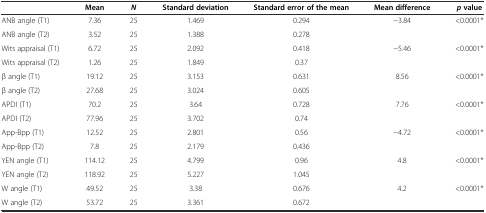
|  | Mean | N | Standard deviation | Standard error of the mean | Mean difference | pvalue |
 | --- | --- | --- | --- | --- | --- | --- |
 | ANB angle (T1) | 7.36 | 25 | 1.469 | 0.294 | <ROWSPAN=2> −3.84 | <ROWSPAN=2> <0.0001* |
 | ANB angle (T2) | 3.52 | 25 | 1.388 | 0.278 |
 | Wits appraisal (T1) | 6.72 | 25 | 2.092 | 0.418 | <ROWSPAN=2> −5.46 | <ROWSPAN=2> <0.0001* |
 | Wits appraisal (T2) | 1.26 | 25 | 1.849 | 0.37 |
 | β angle (T1) | 19.12 | 25 | 3.153 | 0.631 | <ROWSPAN=2> 8.56 | <ROWSPAN=2> <0.0001* |
 | β angle (T2) | 27.68 | 25 | 3.024 | 0.605 |
 | APDI (T1) | 70.2 | 25 | 3.64 | 0.728 | <ROWSPAN=2> 7.76 | <ROWSPAN=2> <0.0001* |
 | APDI (T2) | 77.96 | 25 | 3.702 | 0.74 |
 | App-Bpp (T1) | 12.52 | 25 | 2.801 | 0.56 | <ROWSPAN=2> −4.72 | <ROWSPAN=2> <0.0001* |
 | App-Bpp (T2) | 7.8 | 25 | 2.179 | 0.436 |
 | YEN angle (T1) | 114.12 | 25 | 4.799 | 0.96 | <ROWSPAN=2> 4.8 | <ROWSPAN=2> <0.0001* |
 | YEN angle (T2) | 118.92 | 25 | 5.227 | 1.045 |
 | W angle (T1) | 49.52 | 25 | 3.38 | 0.676 | <ROWSPAN=2> 4.2 | <ROWSPAN=2> <0.0001* |
 | W angle (T2) | 53.72 | 25 | 3.361 | 0.672 |